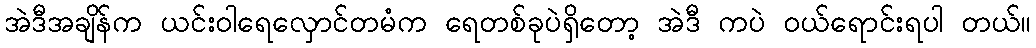
အဲဒီအချိန်က ယင်းဝါရေလှောင်တမံက ရေတစ်ခုပဲရှိတော့ အဲဒီ ကပဲ ဝယ်ရောင်းရပါ တယ်။